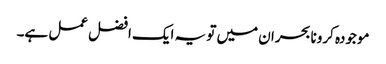
موجودہ کرونا بحران میں تو یہ ایک افضل عمل ہے۔